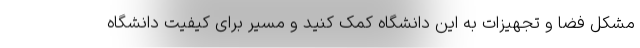
مشکل فضا و تجهیزات به این دانشگاه کمک کنید و مسیر برای کیفیت دانشگاه